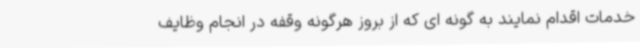
خدمات اقدام نمایند به گونه ای که از بروز هرگونه وقفه در انجام وظایف